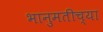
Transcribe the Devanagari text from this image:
भानुमतीच्या